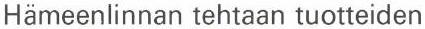
Hämeenlinnan tehtaan tuotteiden